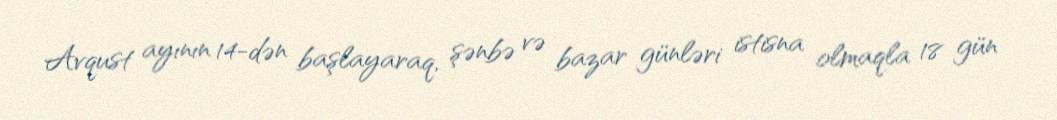
Avqust ayının 14-dən başlayaraq, şənbə və bazar günləri istisna olmaqla 18 gün